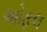
ઓફલ